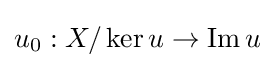
u_{0}:X/\operatorname {ker} u\to \operatorname {Im} u